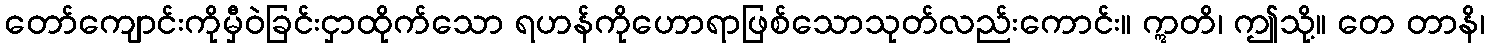
တော်ကျောင်းကိုမှီဝဲခြင်းငှာထိုက်သော ရဟန်ကိုဟောရာဖြစ်သောသုတ်လည်းကောင်း။ ဣတိ၊ ဤသို့။ တေ တာနိ၊